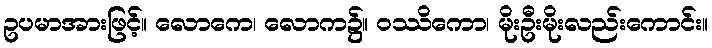
ဥပမာအားဖြင့်။ လောကေ၊ လောက၌။ ဝဿိကော၊ မိုးဦးမိုးလည်းကောင်း။